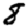
Digit: 8